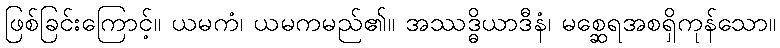
ဖြစ်ခြင်းကြောင့်။ ယမကံ၊ ယမကမည်၏။ အဿဒ္ဓိယာဒီနံ၊ မစ္ဆေရအစရှိကုန်သော။